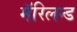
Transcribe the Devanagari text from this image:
मॅरिलन्ड